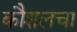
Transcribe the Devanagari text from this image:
कौशलचा